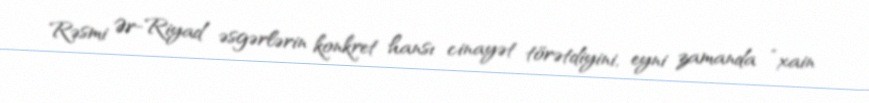
Rəsmi Ər-Riyad əsgərlərin konkret hansı cinayət törətdiyini, eyni zamanda “xain